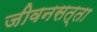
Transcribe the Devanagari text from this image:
जीवनसत्ता